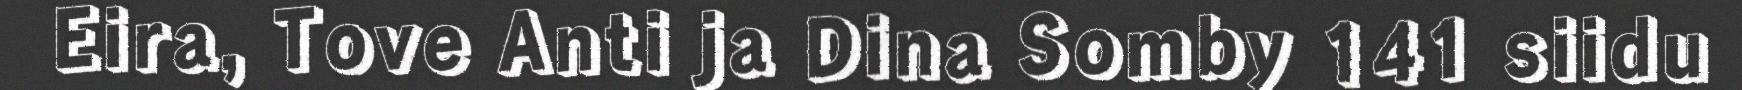
Eira, Tove Anti ja Dina Somby 141 siidu